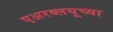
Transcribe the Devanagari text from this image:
एअरब्लयूच्या